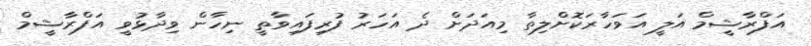
އަފްރާޝީމް އަލީ އަވަހާރަކޮށްލިތާ މިއަދަށް ދެ އަހަރު ފުރިފައިވާތީ ނިހާން ވިދާޅުވީ އަފްރާޝީމް